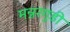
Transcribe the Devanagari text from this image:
मन्नरगुडी